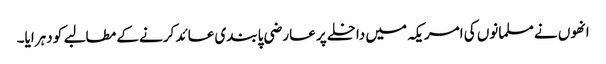
انھوں نے مسلمانوں کی امریکہ میں داخلے پر عارضی پابندی عائد کرنے کے مطالبے کو دہرایا۔